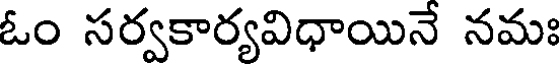
ఓం సర్వకార్యవిధాయినే నమః